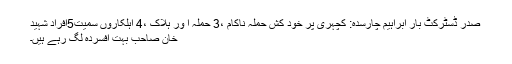
صدر ڈسٹرکٹ بار ابراہیم چارسدہ: کچہری پر خود کش حملہ ناکام ،3 حملہ آ ور ہلاک ،4 اہلکاروں سمیت5افراد شہید
خان صاحب بہت افسردہ لگ رہے ہیں۔